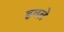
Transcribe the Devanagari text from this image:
इवले